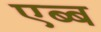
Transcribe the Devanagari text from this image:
एब्ब